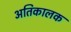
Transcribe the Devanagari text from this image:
अतिकालक